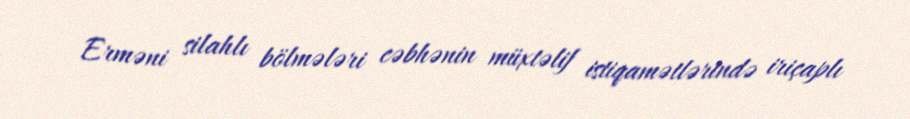
Erməni silahlı bölmələri cəbhənin müxtəlif istiqamətlərində iriçaplı